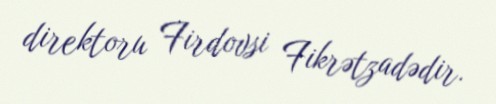
direktoru Firdovsi Fikrətzadədir.